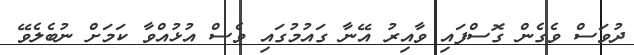
ދުވަސް ވެގެން ގޮސްފައި ވާއިރު އޭނާ ގައުމުގައި ވެސް އުޅުއްވާ ކަމަށް ނުބެލެވޭ